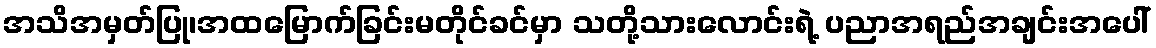
အသိအမှတ်ပြု၊အထမြောက်ခြင်းမတိုင်ခင်မှာ သတို့သားလောင်းရဲ့ ပညာအရည်အချင်းအပေါ်